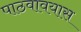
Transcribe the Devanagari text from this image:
पाठवावयास